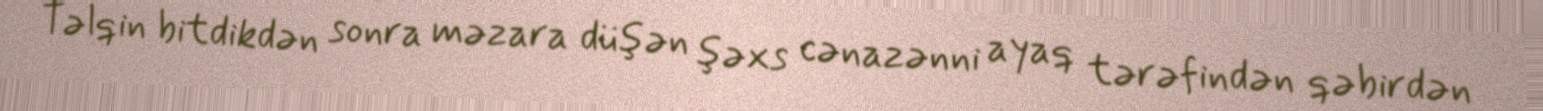
Təlqin bitdikdən sonra məzara düşən şəxs cənazənni ayaq tərəfindən qəbirdən